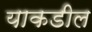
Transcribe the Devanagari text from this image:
याकडील